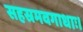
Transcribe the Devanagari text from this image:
सहस्रमवगाधाः।